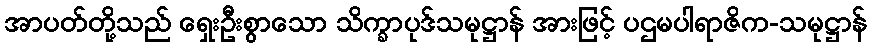
အာပတ်တို့သည် ရှေးဦးစွာသော သိက္ခာပုဒ်သမုဋ္ဌာန် အားဖြင့် ပဌမပါရာဇိက-သမုဋ္ဌာန်